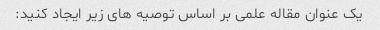
یک عنوان مقاله علمی بر اساس توصیه های زیر ایجاد کنید: